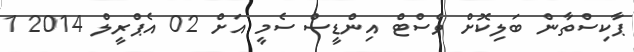
ޕާކިސްތާން ބަލިކޮށް ވެސްޓް އިންޑީސް ސެމީ އަށް 02 އެޕްރީލް 2014 1